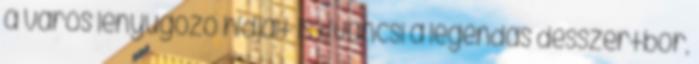
a város lenyűgöző hídjait is Kíváncsi a legendás desszertbor,